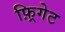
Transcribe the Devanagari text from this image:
फ़्रिगेट